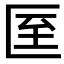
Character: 𭅙